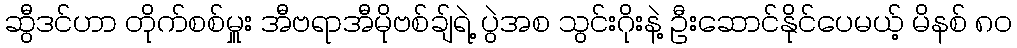
ဆွီဒင်ဟာ တိုက်စစ်မှူး အီဗရာအီမိုဗစ်ချ်ရဲ့ ပွဲအစ သွင်းဂိုးနဲ့ ဦးဆောင်နိုင်ပေမယ့် မိနစ် ၈၀